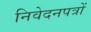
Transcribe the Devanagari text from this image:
निवेदनपत्रों